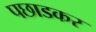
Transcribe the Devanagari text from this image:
पछाडकर